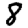
Digit: 8